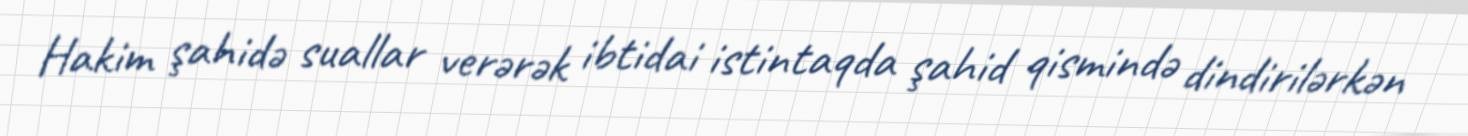
Hakim şahidə suallar verərək ibtidai istintaqda şahid qismində dindirilərkən